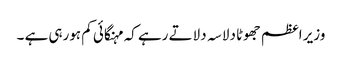
وزیر اعظم جھوٹا دلاسہ دلاتے رہے کہ مہنگائی کم ہورہی ہے ۔